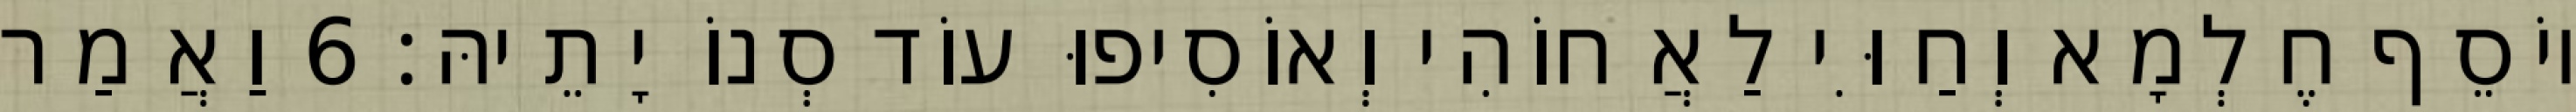
יוֹסֵף חֶלְמָא וְחַוִּי לַאֲחוֹהִי וְאוֹסִיפוּ עוֹד סְנוֹ יָתֵיהּ׃ 6 וַאֲמַר